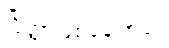
ပြိတ္တာဖြစ်နေကြပုံ။